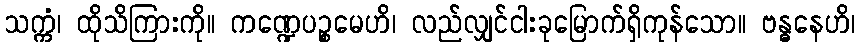
သက္ကံ၊ ထိုသိကြားကို။ ကဏ္ဍေပဉ္စမေဟိ၊ လည်လျှင်ငါးခုမြောက်ရှိကုန်သော။ ဗန္ဓနေဟိ၊